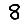
Digit: 8